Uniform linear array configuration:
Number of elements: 4
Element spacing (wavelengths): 0.75
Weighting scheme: blackman
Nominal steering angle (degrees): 30
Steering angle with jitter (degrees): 31.63
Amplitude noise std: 0.05
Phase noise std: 0.05

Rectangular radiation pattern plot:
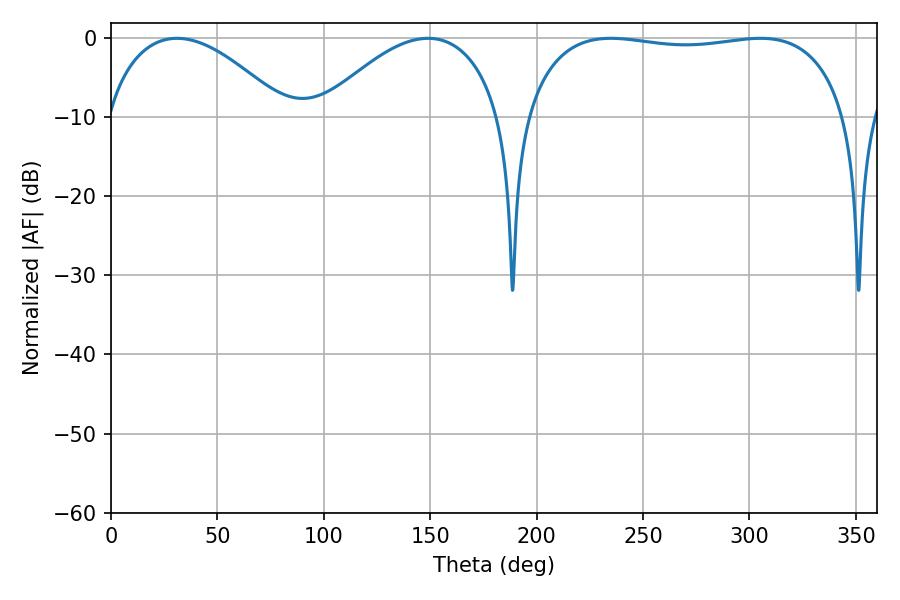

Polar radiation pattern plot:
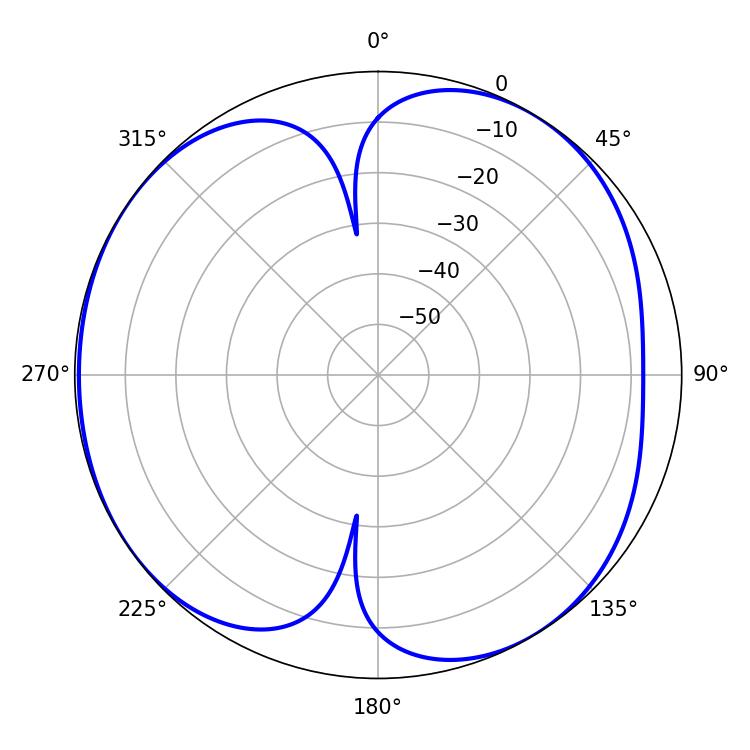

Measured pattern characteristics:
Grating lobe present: TRUE
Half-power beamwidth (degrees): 122.04
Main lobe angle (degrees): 234.9